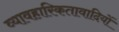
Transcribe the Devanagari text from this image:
व्यावहारिकतावादियों